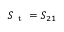
S _ { \mathrm { ~ t ~ } } = S _ { 2 1 }